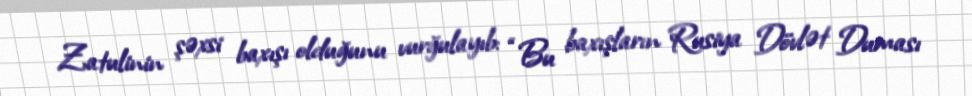
Zatulinin şəxsi baxışı olduğunu vurğulayıb: “Bu baxışların Rusiya Dövlət Duması